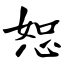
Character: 恕